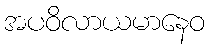
အပဝိလာယမာနေဝ